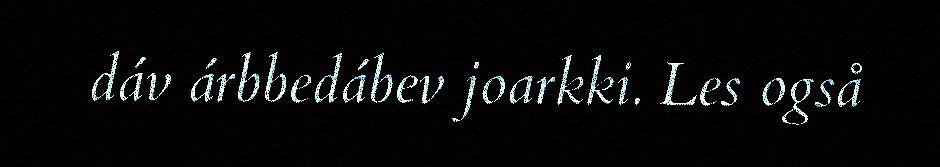
dáv árbbedábev joarkki. Les også